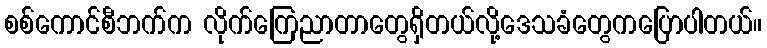
စစ်ကောင်စီဘက်က လိုက်ကြေညာတာတွေရှိတယ်လို့ဒေသခံတွေကပြောပါတယ်။